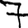
Digit: 7